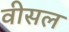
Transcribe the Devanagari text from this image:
वीसल